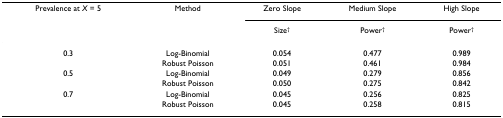
| Prevalence at X = 5 | Method | Zero Slope | Medium Slope | High Slope |
 |  |  | Size† | Power† | Power† |
 | --- | --- | --- | --- | --- |
 | 0.3 | Log-Binomial | 0.054 | 0.477 | 0.989 |
 |  | Robust Poisson | 0.051 | 0.461 | 0.984 |
 | 0.5 | Log-Binomial | 0.049 | 0.279 | 0.856 |
 |  | Robust Poisson | 0.050 | 0.275 | 0.842 |
 | 0.7 | Log-Binomial | 0.045 | 0.256 | 0.825 |
 |  | Robust Poisson | 0.045 | 0.258 | 0.815 |